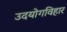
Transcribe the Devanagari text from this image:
उदयोगविहार